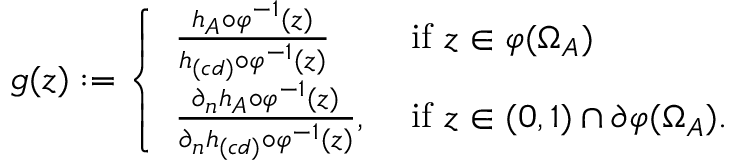
\begin{array} { r } { g ( z ) : = \left\{ \begin{array} { l l } { \frac { h _ { A } \circ \varphi ^ { - 1 } ( z ) } { h _ { ( c d ) } \circ \varphi ^ { - 1 } ( z ) } } & { \mathrm { ~ i f ~ } z \in \varphi ( \Omega _ { A } ) } \\ { \frac { \partial _ { n } h _ { A } \circ \varphi ^ { - 1 } ( z ) } { \partial _ { n } h _ { ( c d ) } \circ \varphi ^ { - 1 } ( z ) } , } & { \mathrm { ~ i f ~ } z \in ( 0 , 1 ) \cap \partial \varphi ( \Omega _ { A } ) . } \end{array} \right. } \end{array}